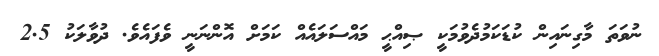
ނުވަތަ މާގިނައިން ކުޑަކަމުދެވުމަކީ ޞިއްޙީ މައްސަލައެއް ކަމަށް އޮންނަނީ ވެފައެވެ. ދުވާލަކު 2.5